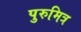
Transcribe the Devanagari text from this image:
पुरुमित्र